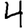
Digit: 4